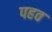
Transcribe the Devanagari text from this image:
पहव